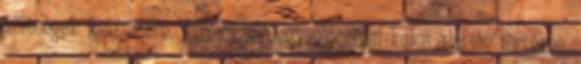
költségek fedezésére. A relokáció egy elosztási kulcs alapján történne.